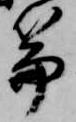
篇